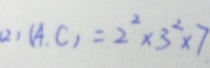
( 2 ) ( A , C ) = 2 ^ { 2 } \times 3 ^ { 2 } \times 7